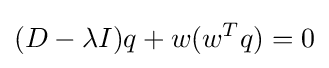
(D-\lambda I)q+w(w^{T}q)=0